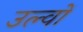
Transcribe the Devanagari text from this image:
उल्वों